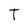
Character: T